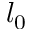
l _ { 0 }